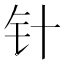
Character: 针